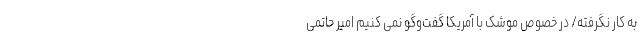
به کار نگرفته/ در خصوص موشک‌ با آمریکا گفت‌وگو نمی کنیم امیر حاتمی